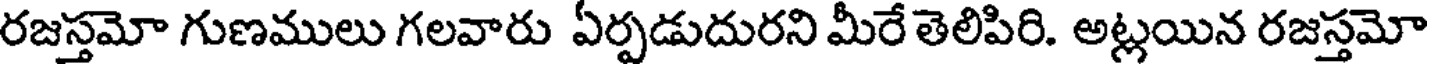
రజస్తమో గుణములు గలవారు ఏర్పడుదురని మీరే తెలిపిరి. అట్లయిన రజస్తమో